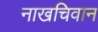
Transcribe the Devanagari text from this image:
नाखचिवान